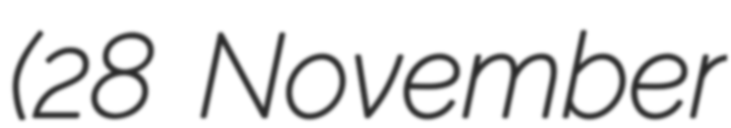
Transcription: (28 November